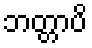
ဘတ္တာပိ